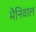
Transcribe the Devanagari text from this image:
भैनिवाल